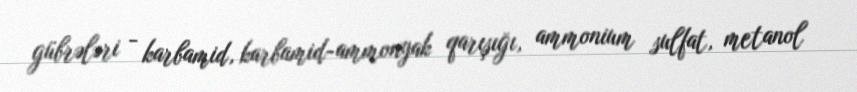
gübrələri - karbamid, karbamid-ammonyak qarışığı, ammonium sulfat, metanol